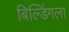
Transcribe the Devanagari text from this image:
बिल्डिंगला